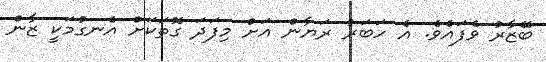
ބޭޒާރު ވެފައެވެ. އެ ހަބަރު ރަޔާން އަށް މިފަދަ ގޮތަކަށް އެނގުމަކީ ޒާން